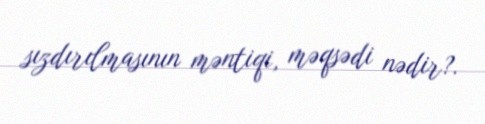
sızdırılmasının məntiqi, məqsədi nədir?.